Report on vaccination in Madras 1895-1903 - 1895-1903
Year: 1895
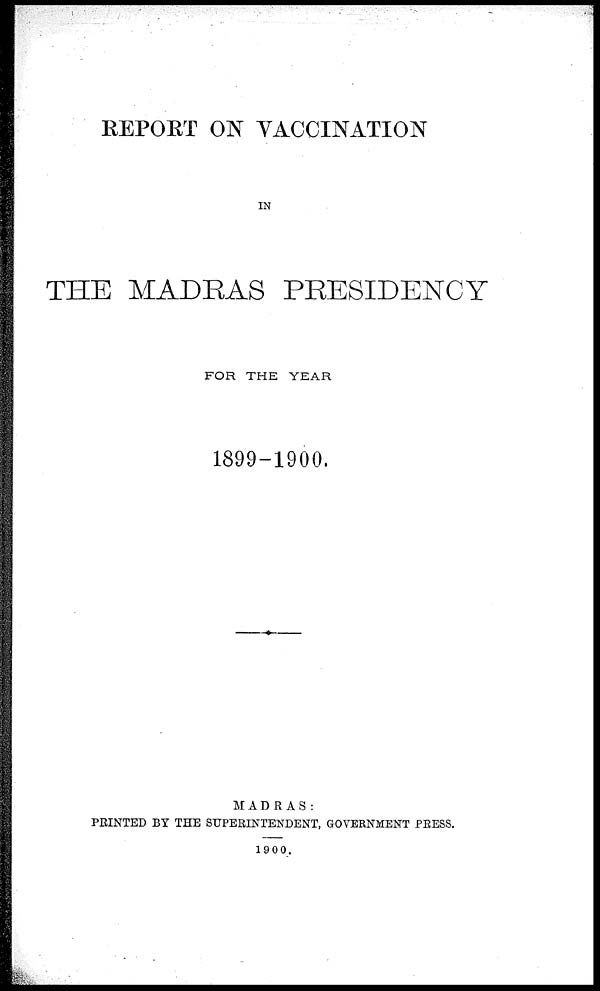
REPORT ON VACCINATION
IN
THE MADRAS PRESIDENCY
FOR THE YEAR
1899-1900.
MADRAS:
PRINTED BY THE SUPERINTENDENT, GOVERNMENT PRESS.
1900.